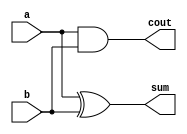
//
//Purpose       : half adder
//
//
//Simulator     : NC-Verilog
//----------------------------------------------------------------------
module adder_h(sum, cout, a, b);
input a, b;
output sum, cout;

assign sum = a ^ b;
assign cout = a & b;

endmodule